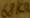
Text: 68kΩ